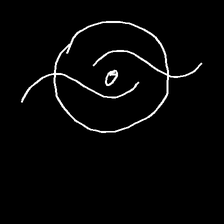
Glyph: repetition